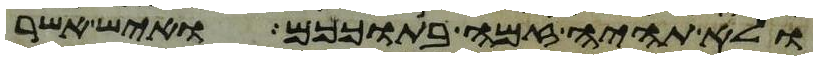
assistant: ולא תהיה זמה בתוככם ואיש אשר